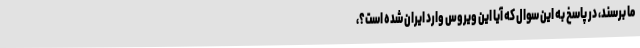
ما برسند، در پاسخ به این سوال که آیا این ویروس وارد ایران شده است؟،